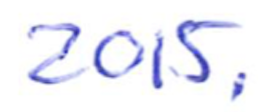
Text: 2015.
Cross-out: clean
Writing tool: ballpoint